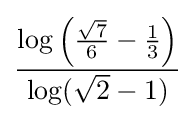
{\frac {\log \left({\frac {\sqrt {7}}{6}}-{\frac {1}{3}}\right)}{\log({\sqrt {2}}-1)}}